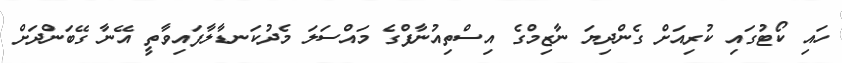
ހައި ކޯޓުގައި ކުރިއަށް ގެންދިޔަ ނާޒިމްގެ އިސްތިއުނާފްގެ މައްސަލަ މެދުކަނޑާލާފައިވާތީ އޭނާ ގޭބަންދަށް